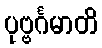
ပုဗ္ဗင်္ဂမာတိ